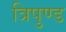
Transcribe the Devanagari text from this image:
त्रिपुण्ड